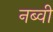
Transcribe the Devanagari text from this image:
नब्वी